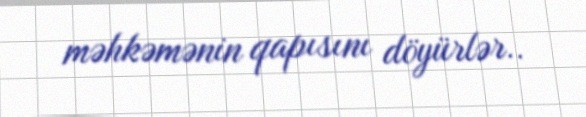
məhkəmənin qapısını döyürlər..